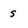
Character: s